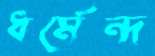
ধর্মেন্দ